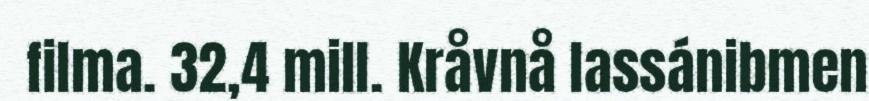
filma. 32,4 mill. Kråvnå lassánibmen